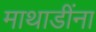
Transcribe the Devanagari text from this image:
माथाडींना